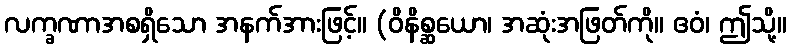
လက္ခဏာအစရှိသော အနက်အားဖြင့်။ (ဝိနိစ္ဆယော၊ အဆုံးအဖြတ်ကို။ ဧဝံ၊ ဤသို့။